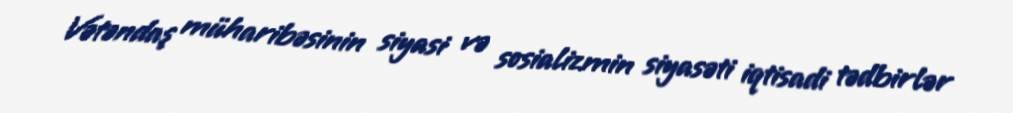
Vətəndaş müharibəsinin siyasi və sosializmin siyasəti iqtisadi tədbirlər